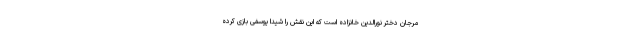
مرجان دختر نورالدین خانزاده است که این نقش را شیدا یوسفی بازی کرده